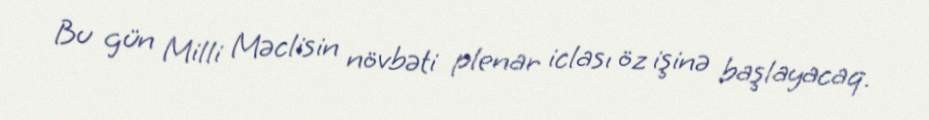
Bu gün Milli Məclisin növbəti plenar iclası öz işinə başlayacaq.